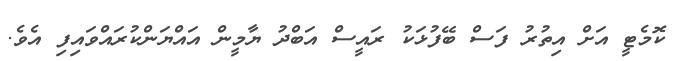
ކޮމެޓީ އަށް އިތުރު ފަސް ބޭފުޅަކު ރައީސް އަބްދު ޔާމީން އައްޔަންކުރައްވައިފި އެވެ.